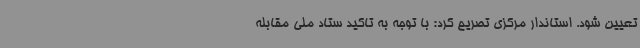
تعیین شود. استاندار مرکزی تصریح کرد: با توجه به تاکید ستاد ملی مقابله